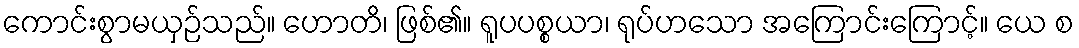
ကောင်းစွာမယှဉ်သည်။ ဟောတိ၊ ဖြစ်၏။ ရူပပစ္စယာ၊ ရုပ်ဟသော အကြောင်းကြောင့်။ ယေ စ